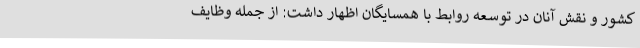
کشور و نقش آنان در توسعه روابط با همسایگان اظهار داشت: از جمله وظایف